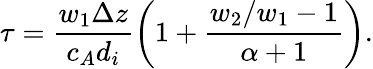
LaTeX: \tau=\frac{w_{1}\Delta z}{c_{A}d_{i}}\left(1+\frac{w_{2}/w_{1}-1}{\alpha+1}\right).